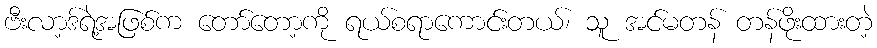
ဗီးလာ့ဒ်ရဲ့အဖြစ်က တော်တော့ကို ရယ်စရာကောင်းတယ်၊ သူ အင်မတန် တန်ဖိုးထားတဲ့